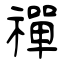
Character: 禪